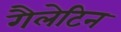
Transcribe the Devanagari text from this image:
गैलेटिन